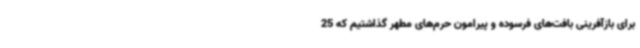
برای بازآفرینی بافت‌های فرسوده و پیرامون حرم‌های مطهر گذاشتیم که 25